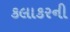
કલાકરની